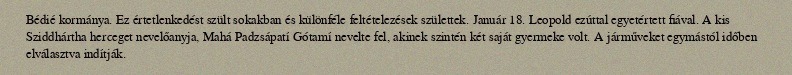
Bédié kormánya. Ez értetlenkedést szült sokakban és különféle feltételezések születtek. Január 18. Leopold ezúttal egyetértett fiával. A kis Sziddhártha herceget nevelőanyja, Mahá Padzsápatí Gótamí nevelte fel, akinek szintén két saját gyermeke volt. A járműveket egymástól időben elválasztva indítják.